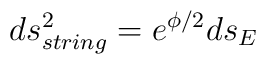
ds_{string}^2= e^{\phi/2}ds_E